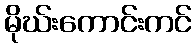
မိုဃ်းကောင်းကင်